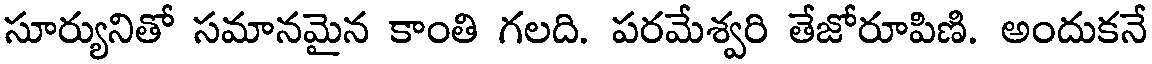
సూర్యునితో సమానమైన కాంతి గలది. పరమేశ్వరి తేజోరూపిణి. అందుకనే